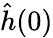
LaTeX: \hat{h}(0)